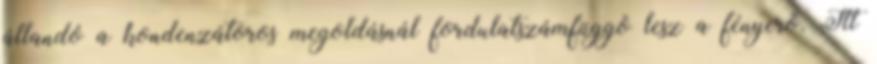
állandó a kondenzátoros megoldásnál fordulatszámfüggõ lesz a fényerõ. Itt